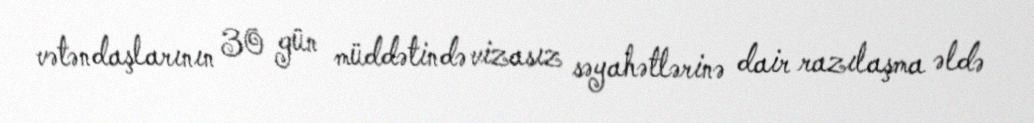
vətəndaşlarının 30 gün müddətində vizasız səyahətlərinə dair razılaşma əldə